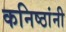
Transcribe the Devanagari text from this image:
कनिष्ठांनी